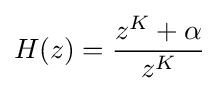
H(z)={\frac {z^{K}+\alpha }{z^{K}}}